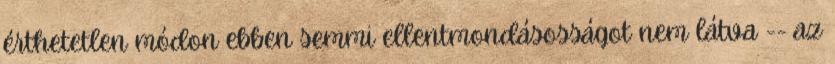
érthetetlen módon ebben semmi ellentmondásosságot nem látva -- az